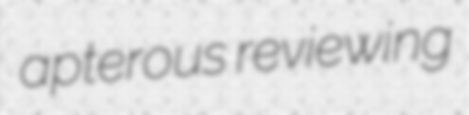
apterous reviewing